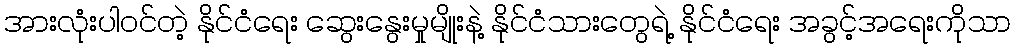
အားလုံးပါဝင်တဲ့ နိုင်ငံရေး ဆွေးနွေးမှုမျိုးနဲ့ နိုင်ငံသားတွေရဲ့ နိုင်ငံရေး အခွင့်အရေးကိုသာ